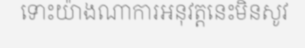
ទោះយ៉ាងណាការអនុវត្តនេះមិនសូវ